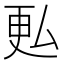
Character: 𫨨